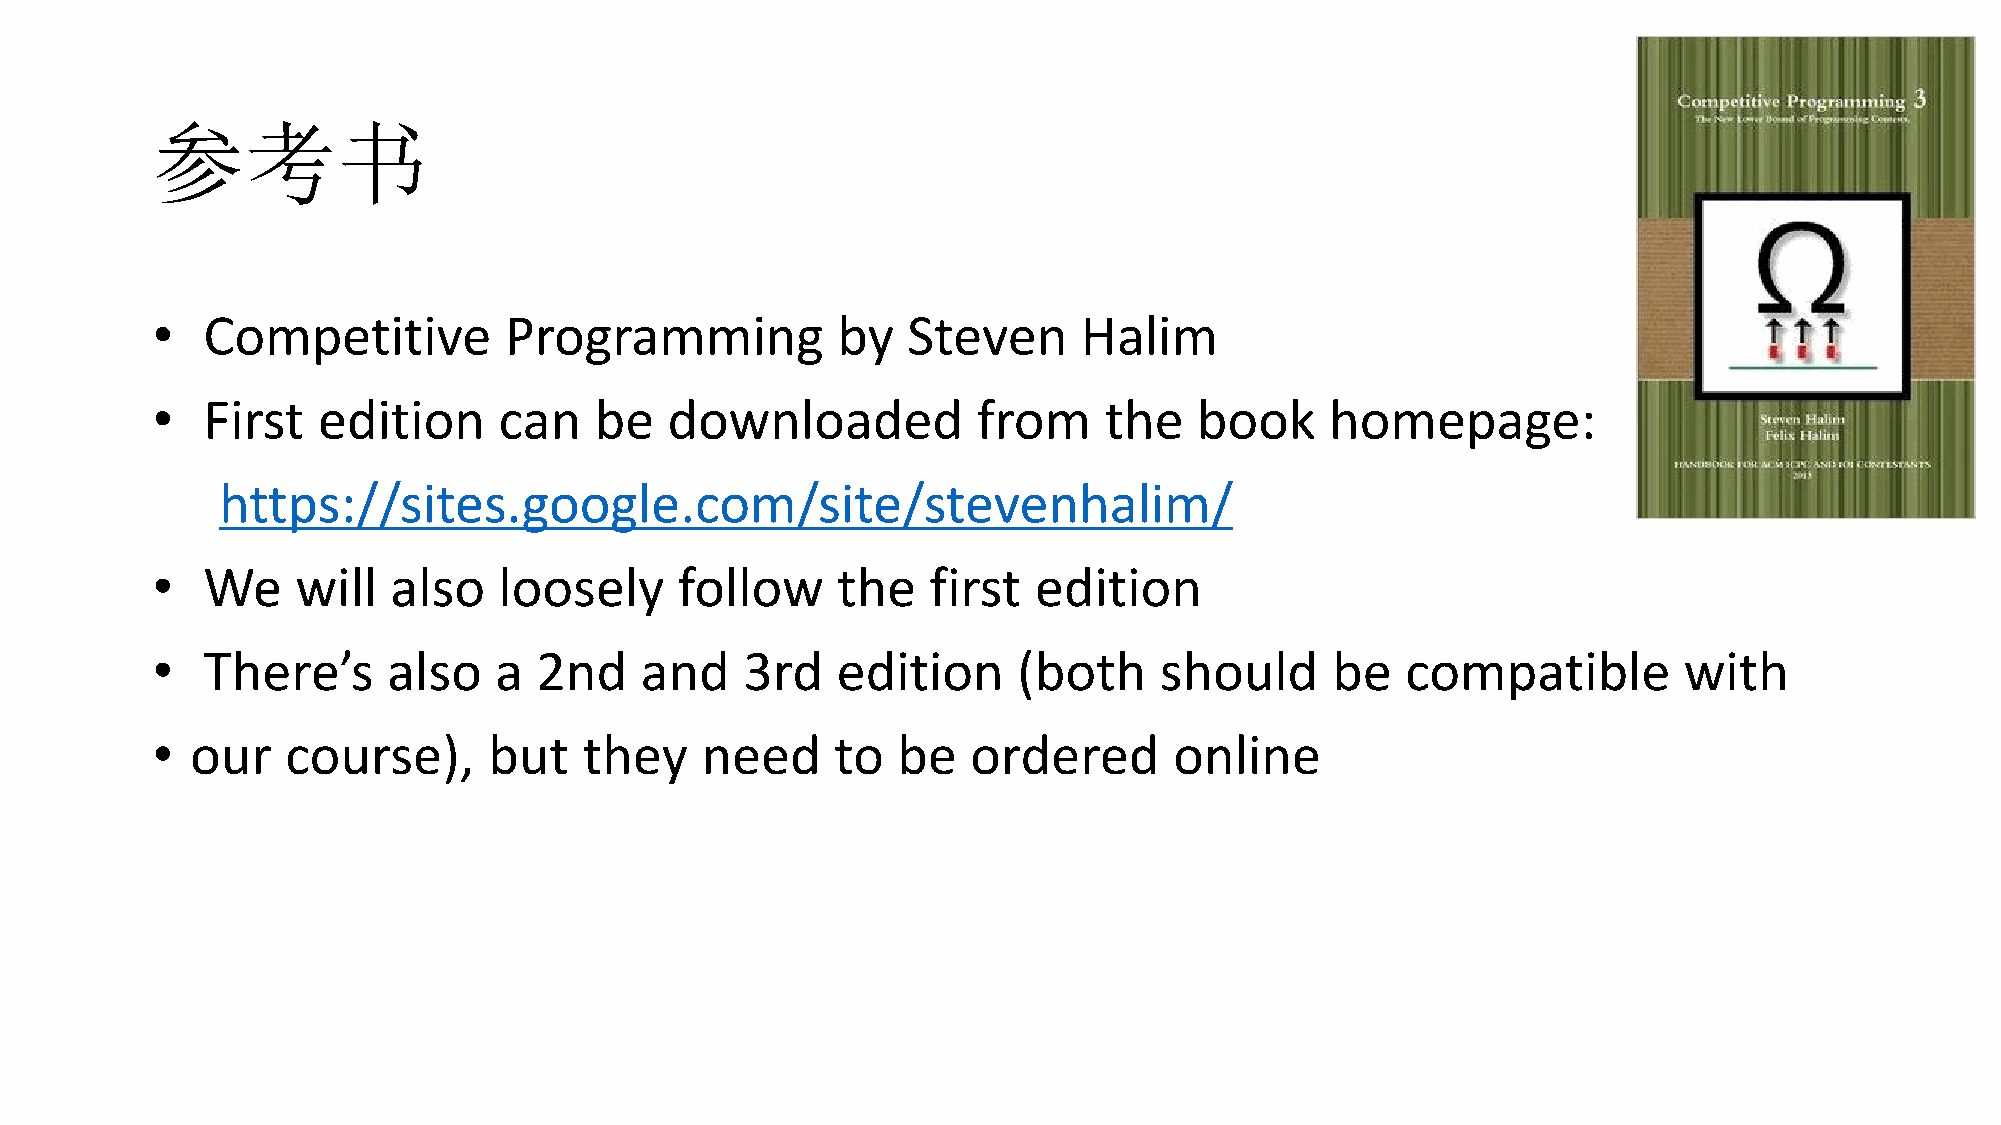
参考书
 •  Competitive         Programming           by   Steven      Halim
 •  First   edition     can   be   downloaded           from    the   book     homepage:
 https://sites.google.com/site/stevenhalim/
 •  We     will  also   loosely     follow    the    first edition
 •  There’s      also   a 2nd    and    3rd   edition     (both     should     be   compatible        with
 •  our   course),     but    they   need     to  be   ordered       online